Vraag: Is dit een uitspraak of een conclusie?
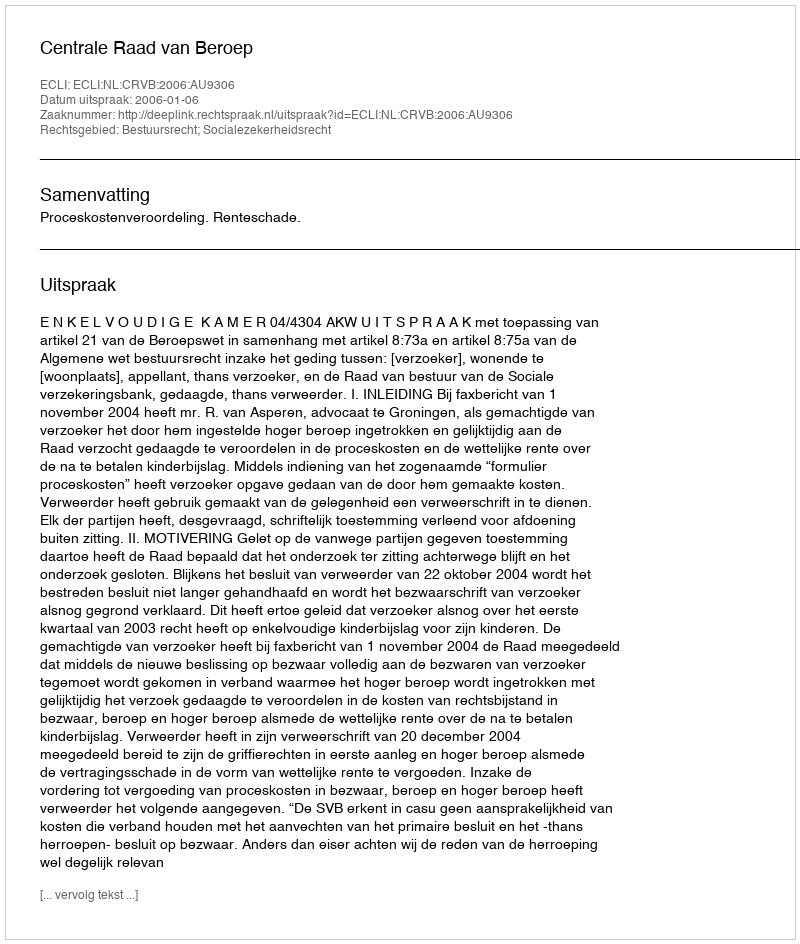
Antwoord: Uitspraak